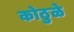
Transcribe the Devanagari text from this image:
कोठुळे